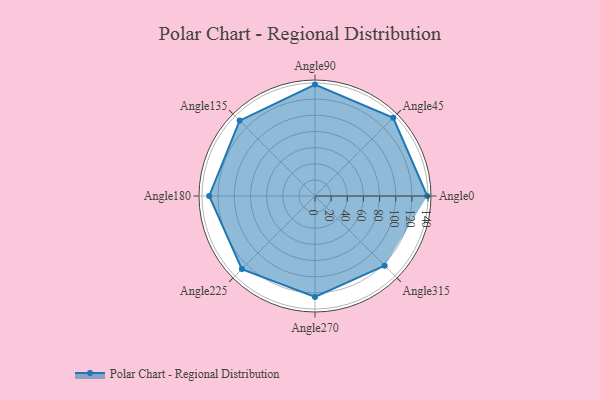
{"axis": {"x": "Angle", "y": "Radius"}, "legend": [""], "data": [{"x": "Angle0", "y": 139.0, "type": ""}, {"x": "Angle45", "y": 137.0, "type": ""}, {"x": "Angle90", "y": 138.0, "type": ""}, {"x": "Angle135", "y": 132.0, "type": ""}, {"x": "Angle180", "y": 131.0, "type": ""}, {"x": "Angle225", "y": 128.0, "type": ""}, {"x": "Angle270", "y": 125.0, "type": ""}, {"x": "Angle315", "y": 122.0, "type": ""}]}